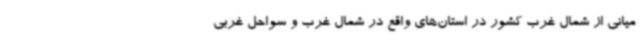
میانی از شمال غرب کشور در استان‌های واقع در شمال غرب و سواحل غربی